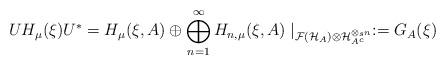
LaTeX: \begin{align*}UH_\mu(\xi)U^*=H_\mu(\xi,A)\oplus \bigoplus_{n=1}^\infty H_{n,\mu}(\xi,A)\mid_{\mathcal{F}(\mathcal{H}_A)\otimes \mathcal{H}_{A^c}^{\otimes_s n}}:=G_A(\xi)\end{align*}